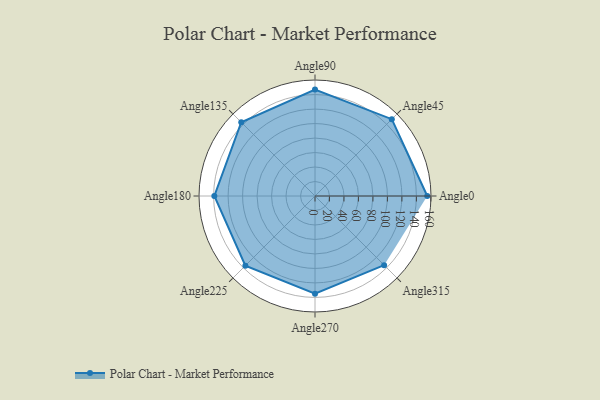
{"axis": {"x": "Angle", "y": "Radius"}, "legend": [""], "data": [{"x": "Angle0", "y": 155.0, "type": ""}, {"x": "Angle45", "y": 150.0, "type": ""}, {"x": "Angle90", "y": 147.0, "type": ""}, {"x": "Angle135", "y": 144.0, "type": ""}, {"x": "Angle180", "y": 139.0, "type": ""}, {"x": "Angle225", "y": 136.0, "type": ""}, {"x": "Angle270", "y": 135.0, "type": ""}, {"x": "Angle315", "y": 135.0, "type": ""}]}